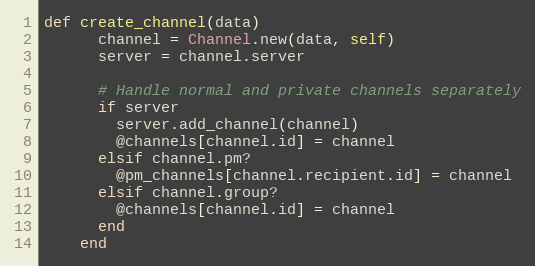
Language: Ruby
def create_channel(data)
      channel = Channel.new(data, self)
      server = channel.server

      # Handle normal and private channels separately
      if server
        server.add_channel(channel)
        @channels[channel.id] = channel
      elsif channel.pm?
        @pm_channels[channel.recipient.id] = channel
      elsif channel.group?
        @channels[channel.id] = channel
      end
    end